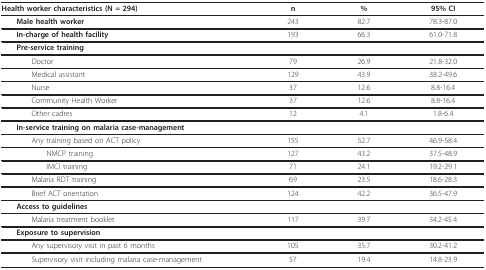
<table><thead><tr><td><b>Health worker characteristics (N = 294)</b></td><td><b>n</b></td><td><b>%</b></td><td><b>95% CI</b></td></tr></thead><tbody><tr><td> <b>Male health worker</b></td><td>243</td><td>82.7</td><td>78.3-87.0</td></tr><tr><td> <b>In-charge of health facility</b></td><td>193</td><td>66.3</td><td>61.0-71.8</td></tr><tr><td> <b>Pre-service training</b></td><td></td><td></td><td></td></tr><tr><td>Doctor</td><td>79</td><td>26.9</td><td>21.8-32.0</td></tr><tr><td>Medical assistant</td><td>129</td><td>43.9</td><td>38.2-49.6</td></tr><tr><td>Nurse</td><td>37</td><td>12.6</td><td>8.8-16.4</td></tr><tr><td>Community Health Worker</td><td>37</td><td>12.6</td><td>8.8-16.4</td></tr><tr><td>Other cadres</td><td>12</td><td>4.1</td><td>1.8-6.4</td></tr><tr><td> <b>In-service training on malaria case-management</b></td><td></td><td></td><td></td></tr><tr><td>Any training based on ACT policy</td><td>155</td><td>52.7</td><td>46.9-58.4</td></tr><tr><td>NMCP training</td><td>127</td><td>43.2</td><td>37.5-48.9</td></tr><tr><td>IMCI training</td><td>71</td><td>24.1</td><td>19.2-29.1</td></tr><tr><td>Malaria RDT training</td><td>69</td><td>23.5</td><td>18.6-28.3</td></tr><tr><td>Brief ACT orientation</td><td>124</td><td>42.2</td><td>36.5-47.9</td></tr><tr><td> <b>Access to guidelines</b></td><td></td><td></td><td></td></tr><tr><td>Malaria treatment booklet</td><td>117</td><td>39.7</td><td>34.2-45.4</td></tr><tr><td> <b>Exposure to supervision</b></td><td></td><td></td><td></td></tr><tr><td>Any supervisory visit in past 6 months</td><td>105</td><td>35.7</td><td>30.2-41.2</td></tr><tr><td>Supervisory visit including malaria case-management</td><td>57</td><td>19.4</td><td>14.8-23.9</td></tr></tbody></table>